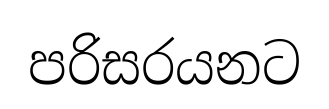
පරිසරයනට